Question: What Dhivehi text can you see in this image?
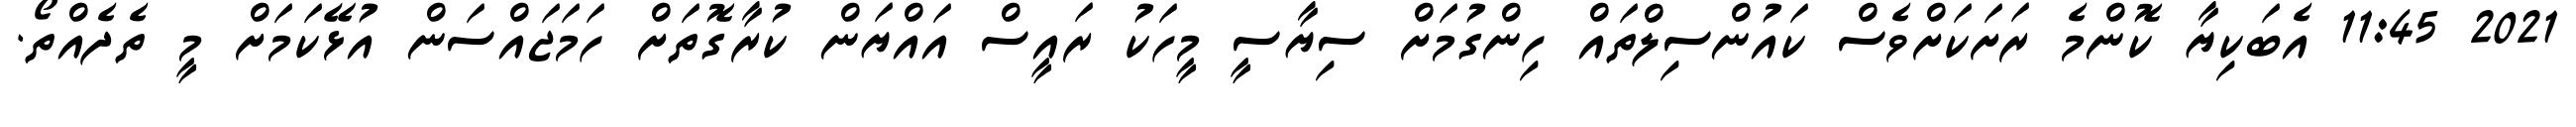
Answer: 2021 11:45 އެބަކިޔާ ކޮންމެ ރަށަކަށްވެސް ކައުންސިލްތައް ހިންގުމަށް ސިޔާސީ މީހަކު ރައީސް އައްޔަން ކުރާގޮތަށް ހަމަޖައްސަން އުޅޭކަމަށް މީ ތެދެއްތޯ.